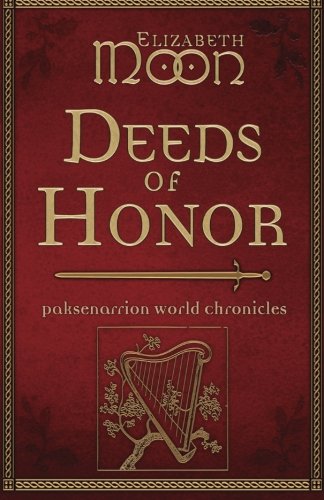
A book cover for Deeds of Honor: Paksenarrion World Chronicles; Elizabeth Moon; Science Fiction & Fantasy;